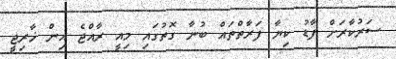
ސަރުކާރަށް ފާޑު ކިޔާ ފަރާތްތައް ބުނާ ގޮތުގައި މިއީ ރާއްޖެ އިން ޚާރިޖީ